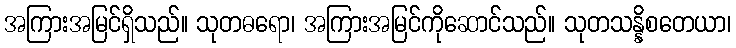
အကြားအမြင်ရှိသည်။ သုတဓရော၊ အကြားအမြင်ကိုဆောင်သည်။ သုတသန္နိစတေယာ၊